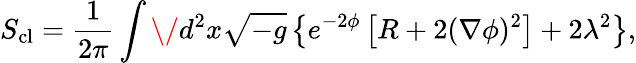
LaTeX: S_{\mathrm{cl}}=\frac{1}{2\pi}\int\/ d^{2}x\sqrt{-g}\left\{ e^{-2\phi}\left[R+2(\nabla\phi)^{2}\right]+2\lambda^{2}\right\} ,